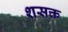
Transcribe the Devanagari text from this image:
शसक्त